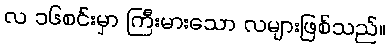
လ ၁၆စင်းမှာ ကြီးမားသော လများဖြစ်သည်။